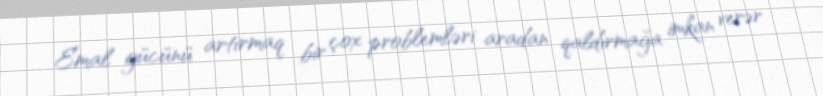
Emal gücünü artırmaq bir çox problemləri aradan qaldırmağa imkan verər